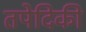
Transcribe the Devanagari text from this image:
तपेदिकी